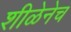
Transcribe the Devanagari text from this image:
शीळेनेच